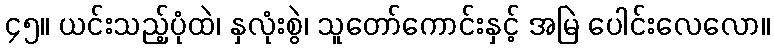
၄၅။ ယင်းသည့်ပုံထဲ၊ နှလုံးစွဲ၊ သူတော်ကောင်းနှင့် အမြဲ ပေါင်းလေလော။